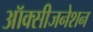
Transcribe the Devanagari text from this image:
ऑक्सीजनेशन